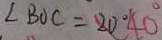
\angle B O C = 2 0 ^ { \circ } 4 0 ^ { \circ }